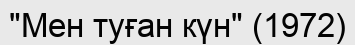
"Мен туған күн" (1972)